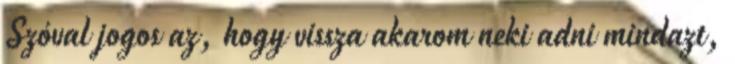
Szóval jogos az, hogy vissza akarom neki adni mindazt,